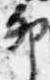
卯